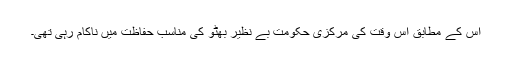
اس کے مطابق اُس وقت کی مرکزی حکومت بے نظیر بھٹو کی مناسب حفاظت میں ناکام رہی تھی۔